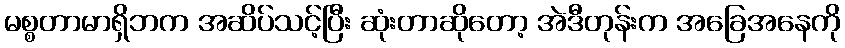
မစ္စတာမာရှိဘက အဆိပ်သင့်ပြီး ဆုံးတာဆိုတော့ အဲဒီတုန်းက အခြေအနေကို